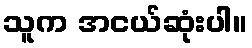
သူက အငယ်ဆုံးပါ။